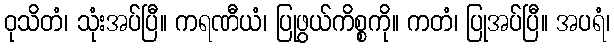
ဝုသိတံ၊ သုံးအပ်ပြီ။ ကရဏီယံ၊ ပြုဖွယ်ကိစ္စကို။ ကတံ၊ ပြုအပ်ပြီ။ အပရံ၊